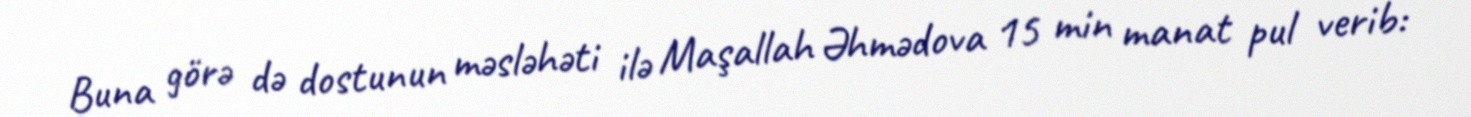
Buna görə də dostunun məsləhəti ilə Maşallah Əhmədova 15 min manat pul verib: